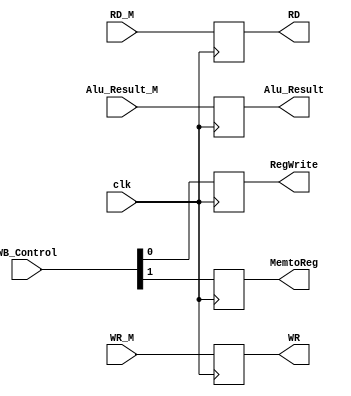
module MEM_WB_Reg ( RD_M , Alu_Result_M , WR_M , WB_Control , clk , RegWrite , MemtoReg , RD , Alu_Result , WR ) ;

input [4:0] WR_M ;
input [31:0] RD_M , Alu_Result_M ;
input [1:0] WB_Control ;
input clk ;

output reg [4:0] WR ;
output reg [31:0] RD , Alu_Result ;
output reg RegWrite , MemtoReg ;

always @(posedge clk)
begin

RD <= RD_M ;
Alu_Result <= Alu_Result_M ;
WR <= WR_M ;
RegWrite <= WB_Control[0];
MemtoReg <= WB_Control[1];

end


endmodule